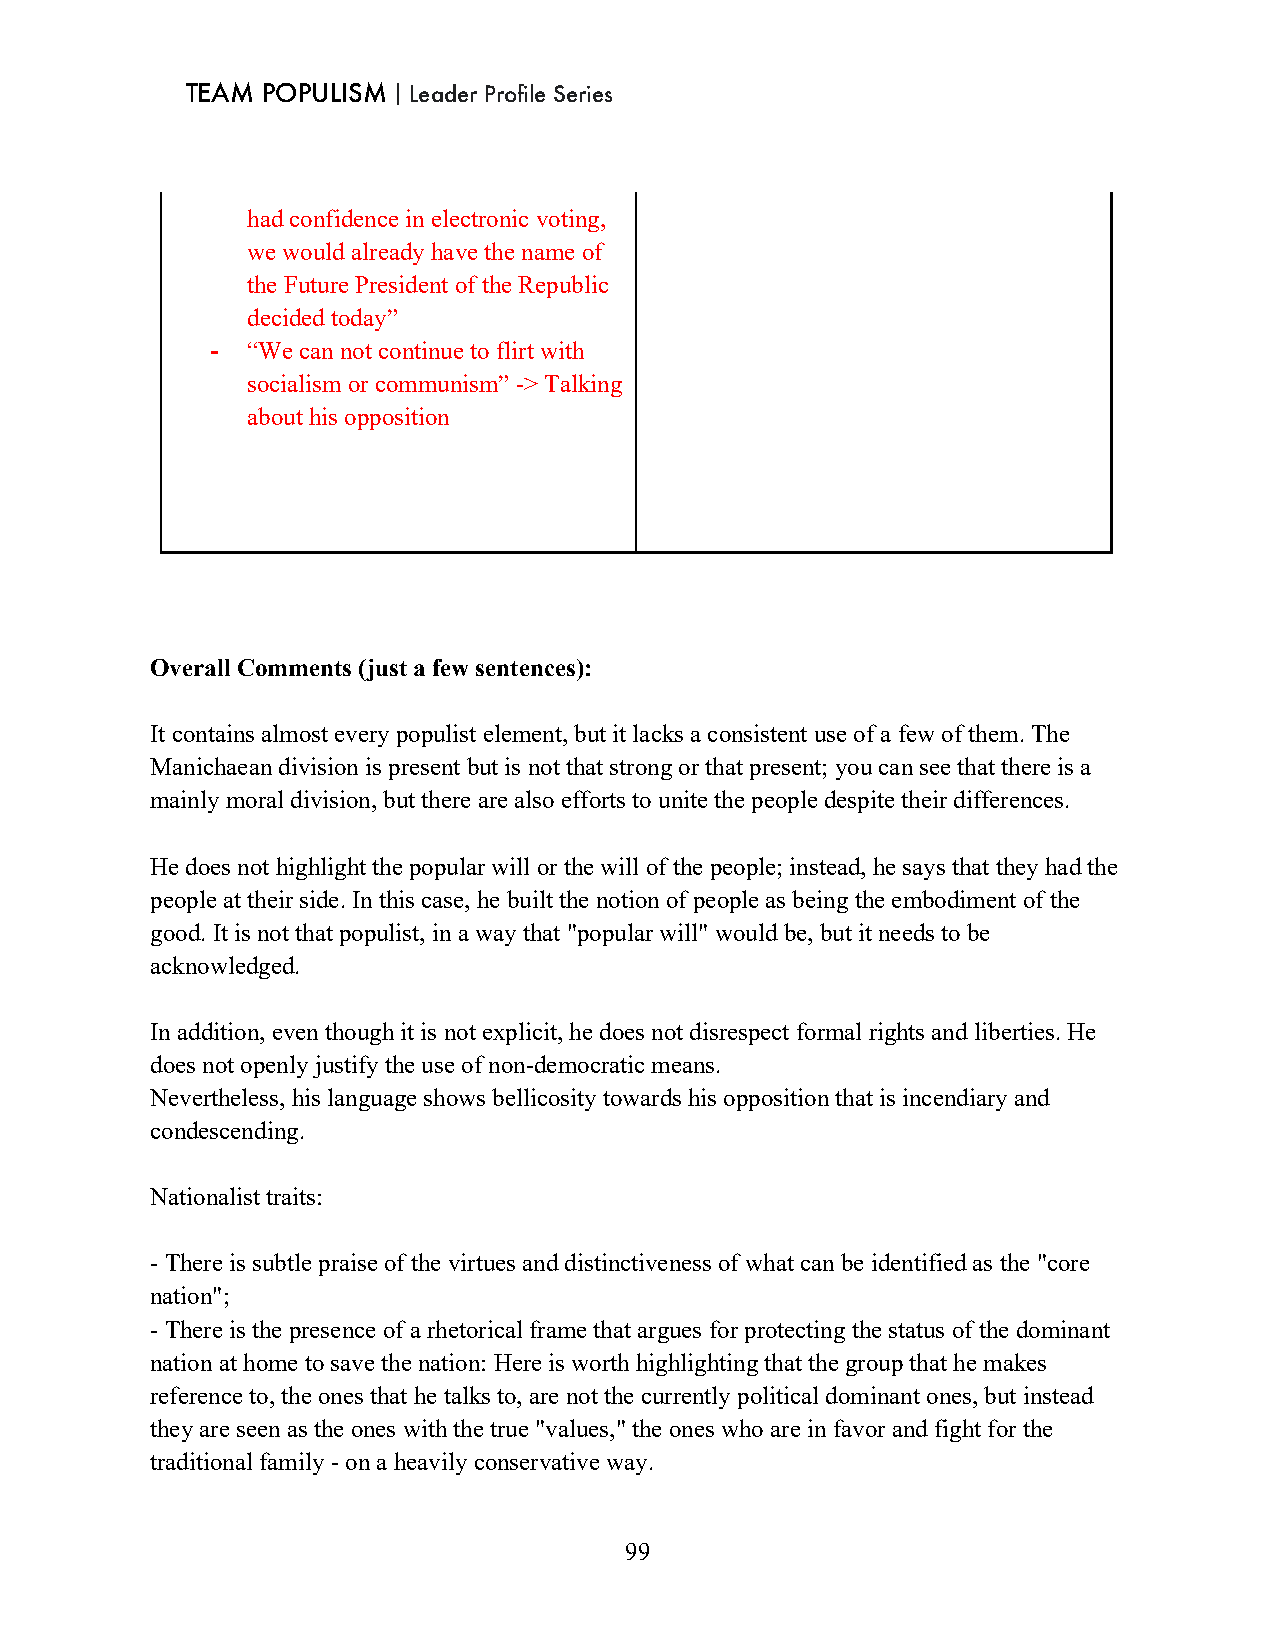
TEAM POPULISM｜Leader Profile Series
 had confidence in electronic voting,
 we would already have the name of
 the Future President of the Republic
 decided today”
 - “We can not continue to flirt with
 socialism or communism” -> Talking
 about his opposition
 Overall Comments (just a few sentences):
 It contains almost every populist element, but it lacks a consistent use of a few of them. The
 Manichaean division is present but is not that strong or that present; you can see that there is a
 mainly moral division, but there are also efforts to unite the people despite their differences.
 He does not highlight the popular will or the will of the people; instead, he says that they had the
 people at their side. In this case, he built the notion of people as being the embodiment of the
 good. It is not that populist, in a way that "popular will" would be, but it needs to be
 acknowledged.
 In addition, even though it is not explicit, he does not disrespect formal rights and liberties. He
 does not openly justify the use of non-democratic means.
 Nevertheless, his language shows bellicosity towards his opposition that is incendiary and
 condescending.
 Nationalist traits:
 - There is subtle praise of the virtues and distinctiveness of what can be identified as the "core
 nation";
 - There is the presence of a rhetorical frame that argues for protecting the status of the dominant
 nation at home to save the nation: Here is worth highlighting that the group that he makes
 reference to, the ones that he talks to, are not the currently political dominant ones, but instead
 they are seen as the ones with the true "values," the ones who are in favor and fight for the
 traditional family - on a heavily conservative way.
 99